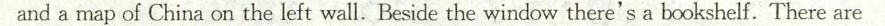
and a map of China on the left wall.Beside the window there's a bookshelf. There are